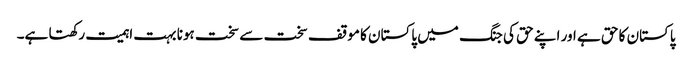
پاکستان کا حق ہے اور اپنے حق کی جنگ میں پاکستان کا موقف سخت سے سخت ہونا بہت اہمیت رکھتا ہے۔